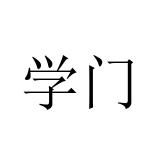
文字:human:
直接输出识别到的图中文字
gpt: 学门